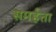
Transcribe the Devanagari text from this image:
समर्हत्ता